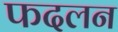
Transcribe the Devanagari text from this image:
फदलन